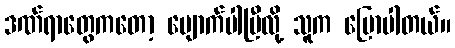
ဒဏ်ရာတွေကတော့ ပျောက်ပါပြီလို့ သူက ပြောပါတယ်။